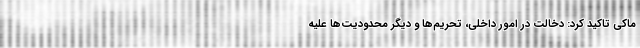
ماکی تاکید کرد: دخالت در امور داخلی، تحریم‌ها و دیگر محدودیت‌ها علیه